Annual administration report of the Civil Veterinary Department of India - 1897-1898
Year: 1897
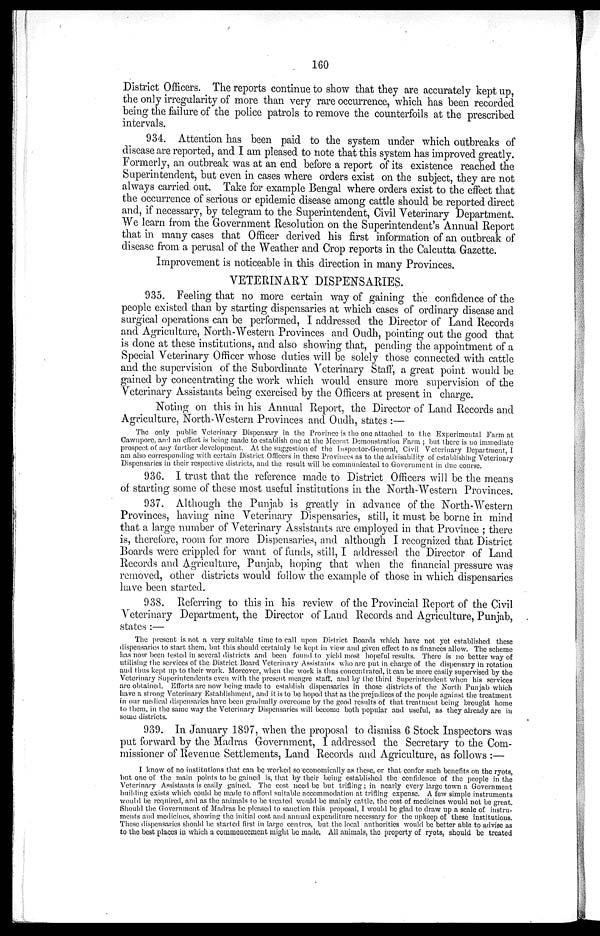
160
District Officers. The reports continue to show that they are accurately kept up,
the only irregularity of more than very rare occurrence, which has been recorded
being the failure of the police patrols to remove the counterfoils at the prescribed
intervals.
934. Attention has been paid to the system under which outbreaks of
disease are reported, and I am pleased to note that this system has improved greatly.
Formerly, an outbreak was at an end before a report of its existence reached the
Superintendent, but even in cases where orders exist on the subject, they are not
always carried out. Take for example Bengal where orders exist to the effect that
the occurrence of serious or epidemic disease among cattle should be reported direct
and, if necessary, by telegram to the Superintendent, Civil Veterinary Department.
We learn from the Government Resolution on the Superintendent's Annual Report
that in many cases that Officer derived his first information of an outbreak of
disease from a perusal of the Weather and Crop reports in the Calcutta Gazette.
Improvement is noticeable in this direction in many Provinces.
VETERINARY DISPENSARIES.
935. Feeling that no more certain way of gaining the confidence of the
people existed than by starting dispensaries at which cases of ordinary disease and
surgical operations can be performed, I addressed the Director of Land Records
and Agriculture, North-Western Provinces and Oudh, pointing out the good that
is done at these institutions, and also showing that, pending the appointment of a
Special Veterinary Officer whose duties will be solely those connected with cattle
and the supervision of the Subordinate Veterinary Staff, a great point would be
gained by concentrating the work which would ensure more supervision of the
Veterinary Assistants being exercised by the Officers at present in charge.
Noting on this in his Annual Report, the Director of Land Records and
Agriculture, North-Western Provinces and Oudh, states:—
The only public Veterinary Dispensary in the Province is the one attached to the Experimental Farm at
Cawnpore, and an effort is being made to establish one at the Meernt Demonstration Farm; but there is no immediate
prospect of any further development. At the suggestion of the Inspector-General, Civil Veterinary Department, I
am also corresponding with certain District Officers in these Provinces as to the advisability of establishing Veterinary
Dispensaries in their respective districts, and the result will be communicated to Government in due course.
936. I trust that the reference made to District Officers will be the means
of starting some of these most useful institutions in the North-Western Provinces.
937. Although the Punjab is greatly in advance of the North-Western
Provinces, having nine Veterinary Dispensaries, still, it must be borne in mind
that a large number of Veterinary Assistants are employed in that Province; there
is, therefore, room for more Dispensaries, and although I recognized that District
Boards were crippled for want of funds, still, I addressed the Director of Land
Records and Agriculture, Punjab, hoping that when the financial pressure was
removed, other districts would follow the example of those in which dispensaries
have been started.
938. Referring to this in his review of the Provincial Report of the Civil
Veterinary Department, the Director of Land Records and Agriculture, Punjab,
states:—
The present is not a very suitable time to call upon District Boards which have not yet established these
dispensaries to start them, but. this should certainly be kept in view and given effect to as finances allow. The scheme
has now been tested in several districts and been found to yield most hopeful results. There is no better way of
utilising the services of the District Board Veterinary Assistants who are put in charge of the dispensary in rotation
and thus kept up to their work. Moreover, when the work is thus concentrated, it can be more easily supervised by the
Veterinary Superintendents even with the present meagre staff, and by the third Superintendent when his services
are obtained. Efforts are now being made to establish dispensaries in those districts of the North Punjab which
have a strong Veterinary Establishment, and it is to be hoped that as the prejudices of the people against the treatment
in our medical dispensaries have been gradually overcome by the good results of that treatment being brought home
to them, in the same way the Veterinary Dispensaries will become both popular and useful, as they already are in
some districts.
939. In January 1897, when the proposal to dismiss 6 Stock Inspectors was
put forward by the Madras Government, I addressed the Secretary to the Com-
missioner of Revenue Settlements, Land Records and Agriculture, as follows:—
I know of no institutions that can be worked so economically as these, or that confer such benefits on the ryots,
but one of the main points to be gained is, that by their being established the confidence of the people in the
Veterinary Assistants is easily gained. The cost need be but trifling; in nearly every large town a Government
building exists which could be made to afford suitable accommodation at trifling expense. A few simple instruments
would be required, and as the animals to be treated would be mainly cattle, the cost of medicines would not be great.
Should the Government of Madras be pleased to sanction this proposal, I would be glad to draw up a scale of instru-
ments and medicines, showing the initial cost and annual expenditure necessary for the upkeep of these institutions.
These dispensaries should be started first in large centres, but the local authorities would be better able to advise as
to the best places in which a commencement might be made, All animals, the property of ryots, should be treated